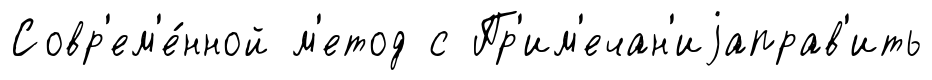
Совр'ем'е́нной м'етод с Пр'им'ечан'иjаправ'ить